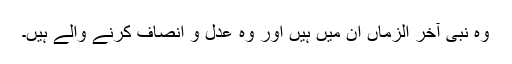
وہ نبی آخر الزماں ان میں ہیں اور وہ عدل و انصاف کرنے والے ہیں۔